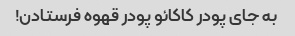
به جای پودر کاکائو پودر قهوه فرستادن!